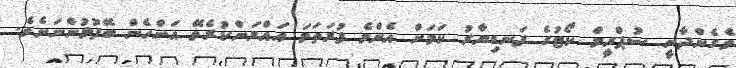
ވެގެންދާނީ ސުޕްރީމް ކޯޓުގެ ފަނޑިޔާރު ކަމަށް އެންމެ ފުރަތަމަ އައްޔަންކުރެވޭ އަންހެން ބޭފުޅުންނަށެވެ.